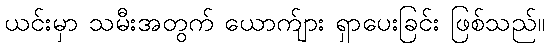
ယင်းမှာ သမီးအတွက် ယောက်ျား ရှာပေးခြင်း ဖြစ်သည်။